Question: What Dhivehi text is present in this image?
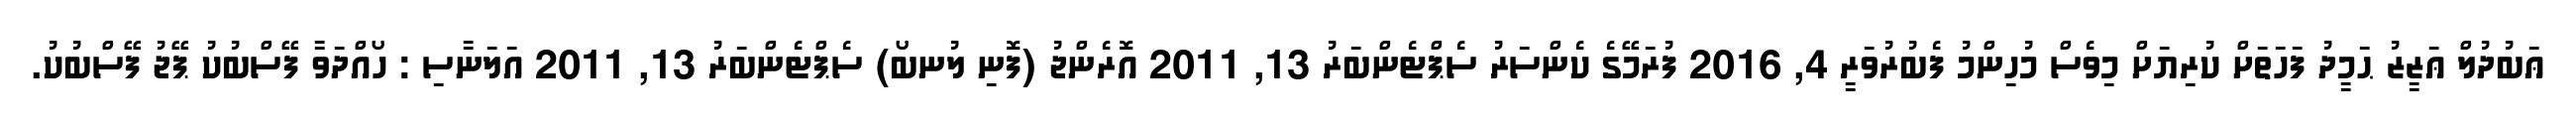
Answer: ޢަބުދުލް ޢަޒީޒު ޙަމީދު ފަހަތަށް ކުރިޔަށް މިވެސް މުހިންމު ފެބުރުވަރީ 4, 2016 ފުރަމޭގެ ކެންސަރު ސެޕްޓެންބަރު 13, 2011 އޮރެންޖު (ފޮނި ލުނބޯ) ސެޕްޓެންބަރު 13, 2011 އަލަނާސި : ހޯއްދަވާ ފޭސްބުކު ޕޭޖު ފޭސްބުކު.